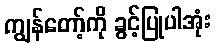
ကျွန်တော့်ကို ခွင့်ပြုပါအုံး